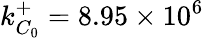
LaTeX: k_{C_{0}}^{+}=8.95\times 10^{6}